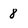
Character: 8